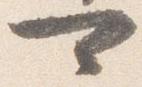
可